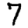
Digit: 7